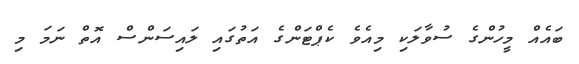
ބައެއް މީހުންގެ ސުވާލަކި މިއެވެ ކެޕްޓަންގެ އަތުގައި ލައިސަންސް އޮތް ނަމަ މި